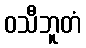
ဝသီဘူတံ